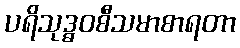
ပရိသုဒ္ဓဝစီသမာစာရတာ